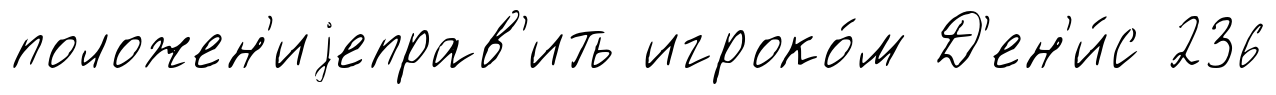
положен'иjеправ'ить игроко́м Д'ен'и́с 236